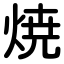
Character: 焼